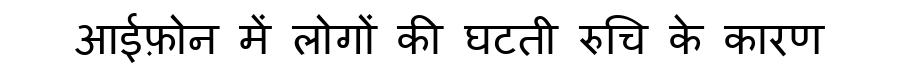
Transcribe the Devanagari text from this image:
आईफ़ोन में लोगों की घटती रुचि के कारण